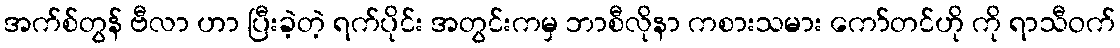
အက်စ်တွန် ဗီလာ ဟာ ပြီးခဲ့တဲ့ ရက်ပိုင်း အတွင်းကမှ ဘာစီလိုနာ ကစားသမား ကော်တင်ဟို ကို ရာသီဝက်